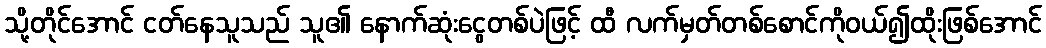
သို့တိုင်အောင် ငတ်နေသူသည် သူ၏ နောက်ဆုံးငွေတစ်ပဲဖြင့် ထီ လက်မှတ်တစ်စောင်ကိုဝယ်၍ထိုးဖြစ်အောင်